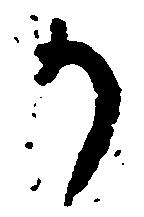
か